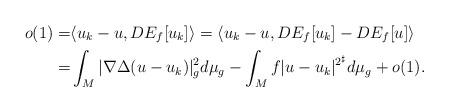
LaTeX: \begin{align*}o(1)=&\langle u_k-u,DE_f[u_k]\rangle=\langle u_k-u, DE_f[u_k]-DE_f[u]\rangle\\=&\int_M |\nabla \Delta (u-u_k)|_g^2d\mu_g-\int_M f|u-u_k|^{2^\sharp}d\mu_g+o(1).\end{align*}